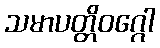
သမာပတ္တိဝဂ္ဂေါ